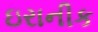
ઇરાનીક